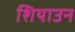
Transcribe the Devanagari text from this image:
शियाउन